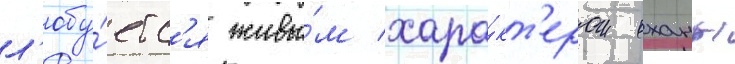
л'юбу́етс'я живы́м хара́кт'ером оханы